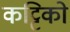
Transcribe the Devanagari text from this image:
कट्टिको